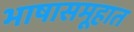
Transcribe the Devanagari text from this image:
भाषासमूहात